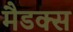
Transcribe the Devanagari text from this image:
मैडक्स